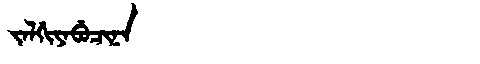
Manchu: ᠵᠠᠯᡤᡳᠶᠠᠪᡠᠴᡳᠨᠠ
Romanization: JALGIYABUCINA